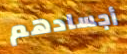
أجسادهم